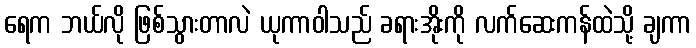
ရေက ဘယ်လို ဖြစ်သွားတာလဲ ယုကာဝါသည် ခရားအိုးကို လက်ဆေးကန်ထဲသို့ ချကာ